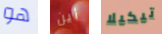
هو أين تيكيلا